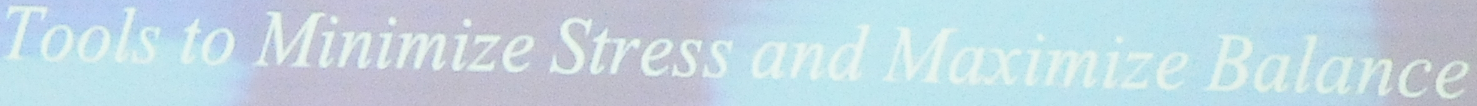
Tools to Minimize Stress and Maximize Balence